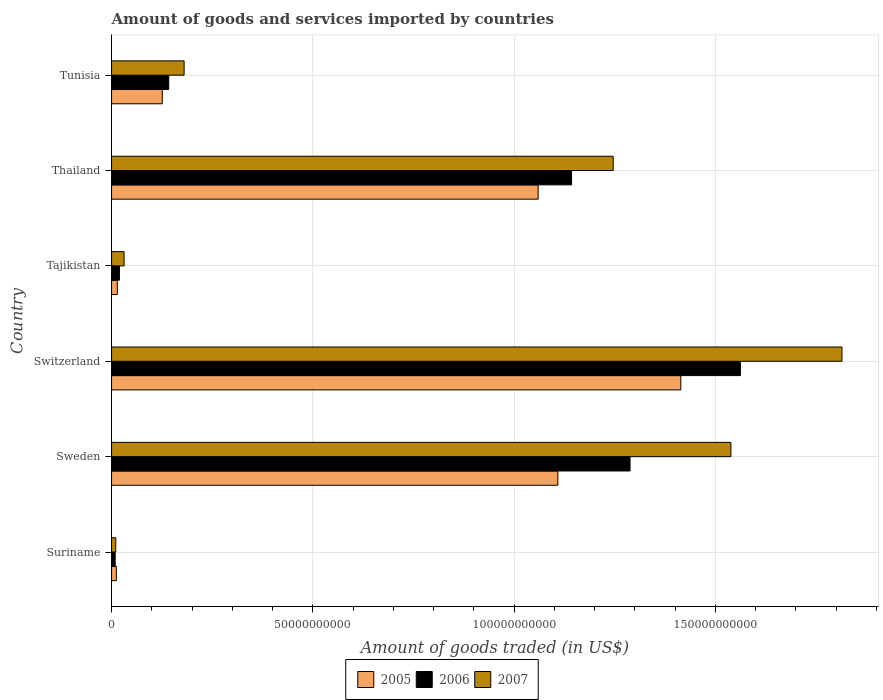
| Country | 2005 | 2006 | 2007 |
 | --- | --- | --- | --- |
 | Suriname | 1.19e+09 | 9.03e+08 | 1.04e+09 |
 | Sweden | 1.11e+11 | 1.29e+11 | 1.54e+11 |
 | Switzerland | 1.41e+11 | 1.56e+11 | 1.81e+11 |
 | Tajikistan | 1.43e+09 | 1.95e+09 | 3.12e+09 |
 | Thailand | 1.06e+11 | 1.14e+11 | 1.25e+11 |
 | Tunisia | 1.26e+10 | 1.42e+10 | 1.8e+10 |